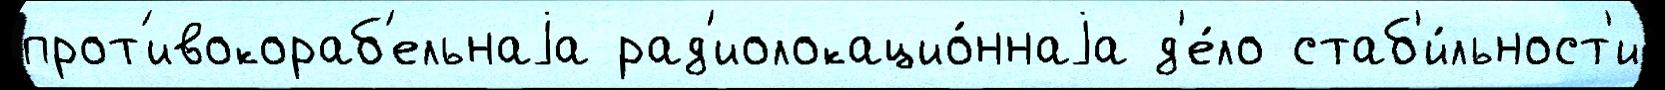
прот'ивокораб'ельнаjа рад'иолокацио́ннаjа д'е́ло стаб'и́льност'и